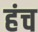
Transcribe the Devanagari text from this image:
हंच